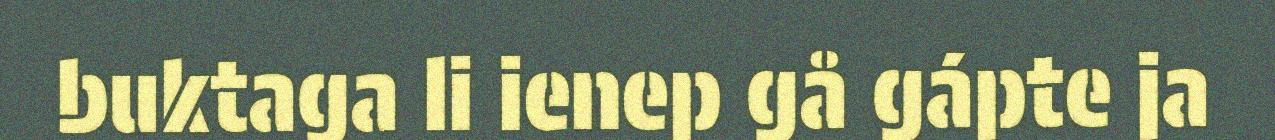
buktaga li ienep gå gápte ja